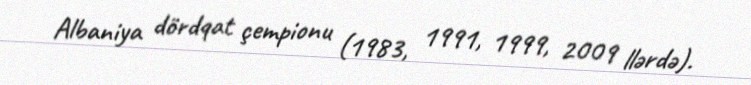
Albaniya dördqat çempionu (1983, 1991, 1999, 2009 llərdə).